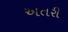
અતરી